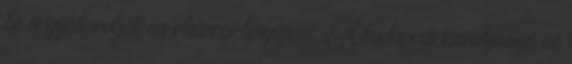
be is gyakorolják az elsősegélynyújtást. A budapesti tanfolyamon az